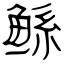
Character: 鲧